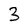
Character: 3